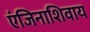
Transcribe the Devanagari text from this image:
एंजिनाशिवाय